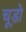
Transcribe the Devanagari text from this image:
चूड़ो